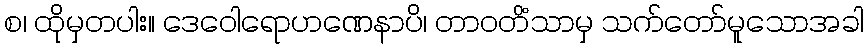
စ၊ ထိုမှတပါး။ ဒေဝေါရောဟဏေနာပိ၊ တာဝတိံသာမှ သက်တော်မူသောအခါ